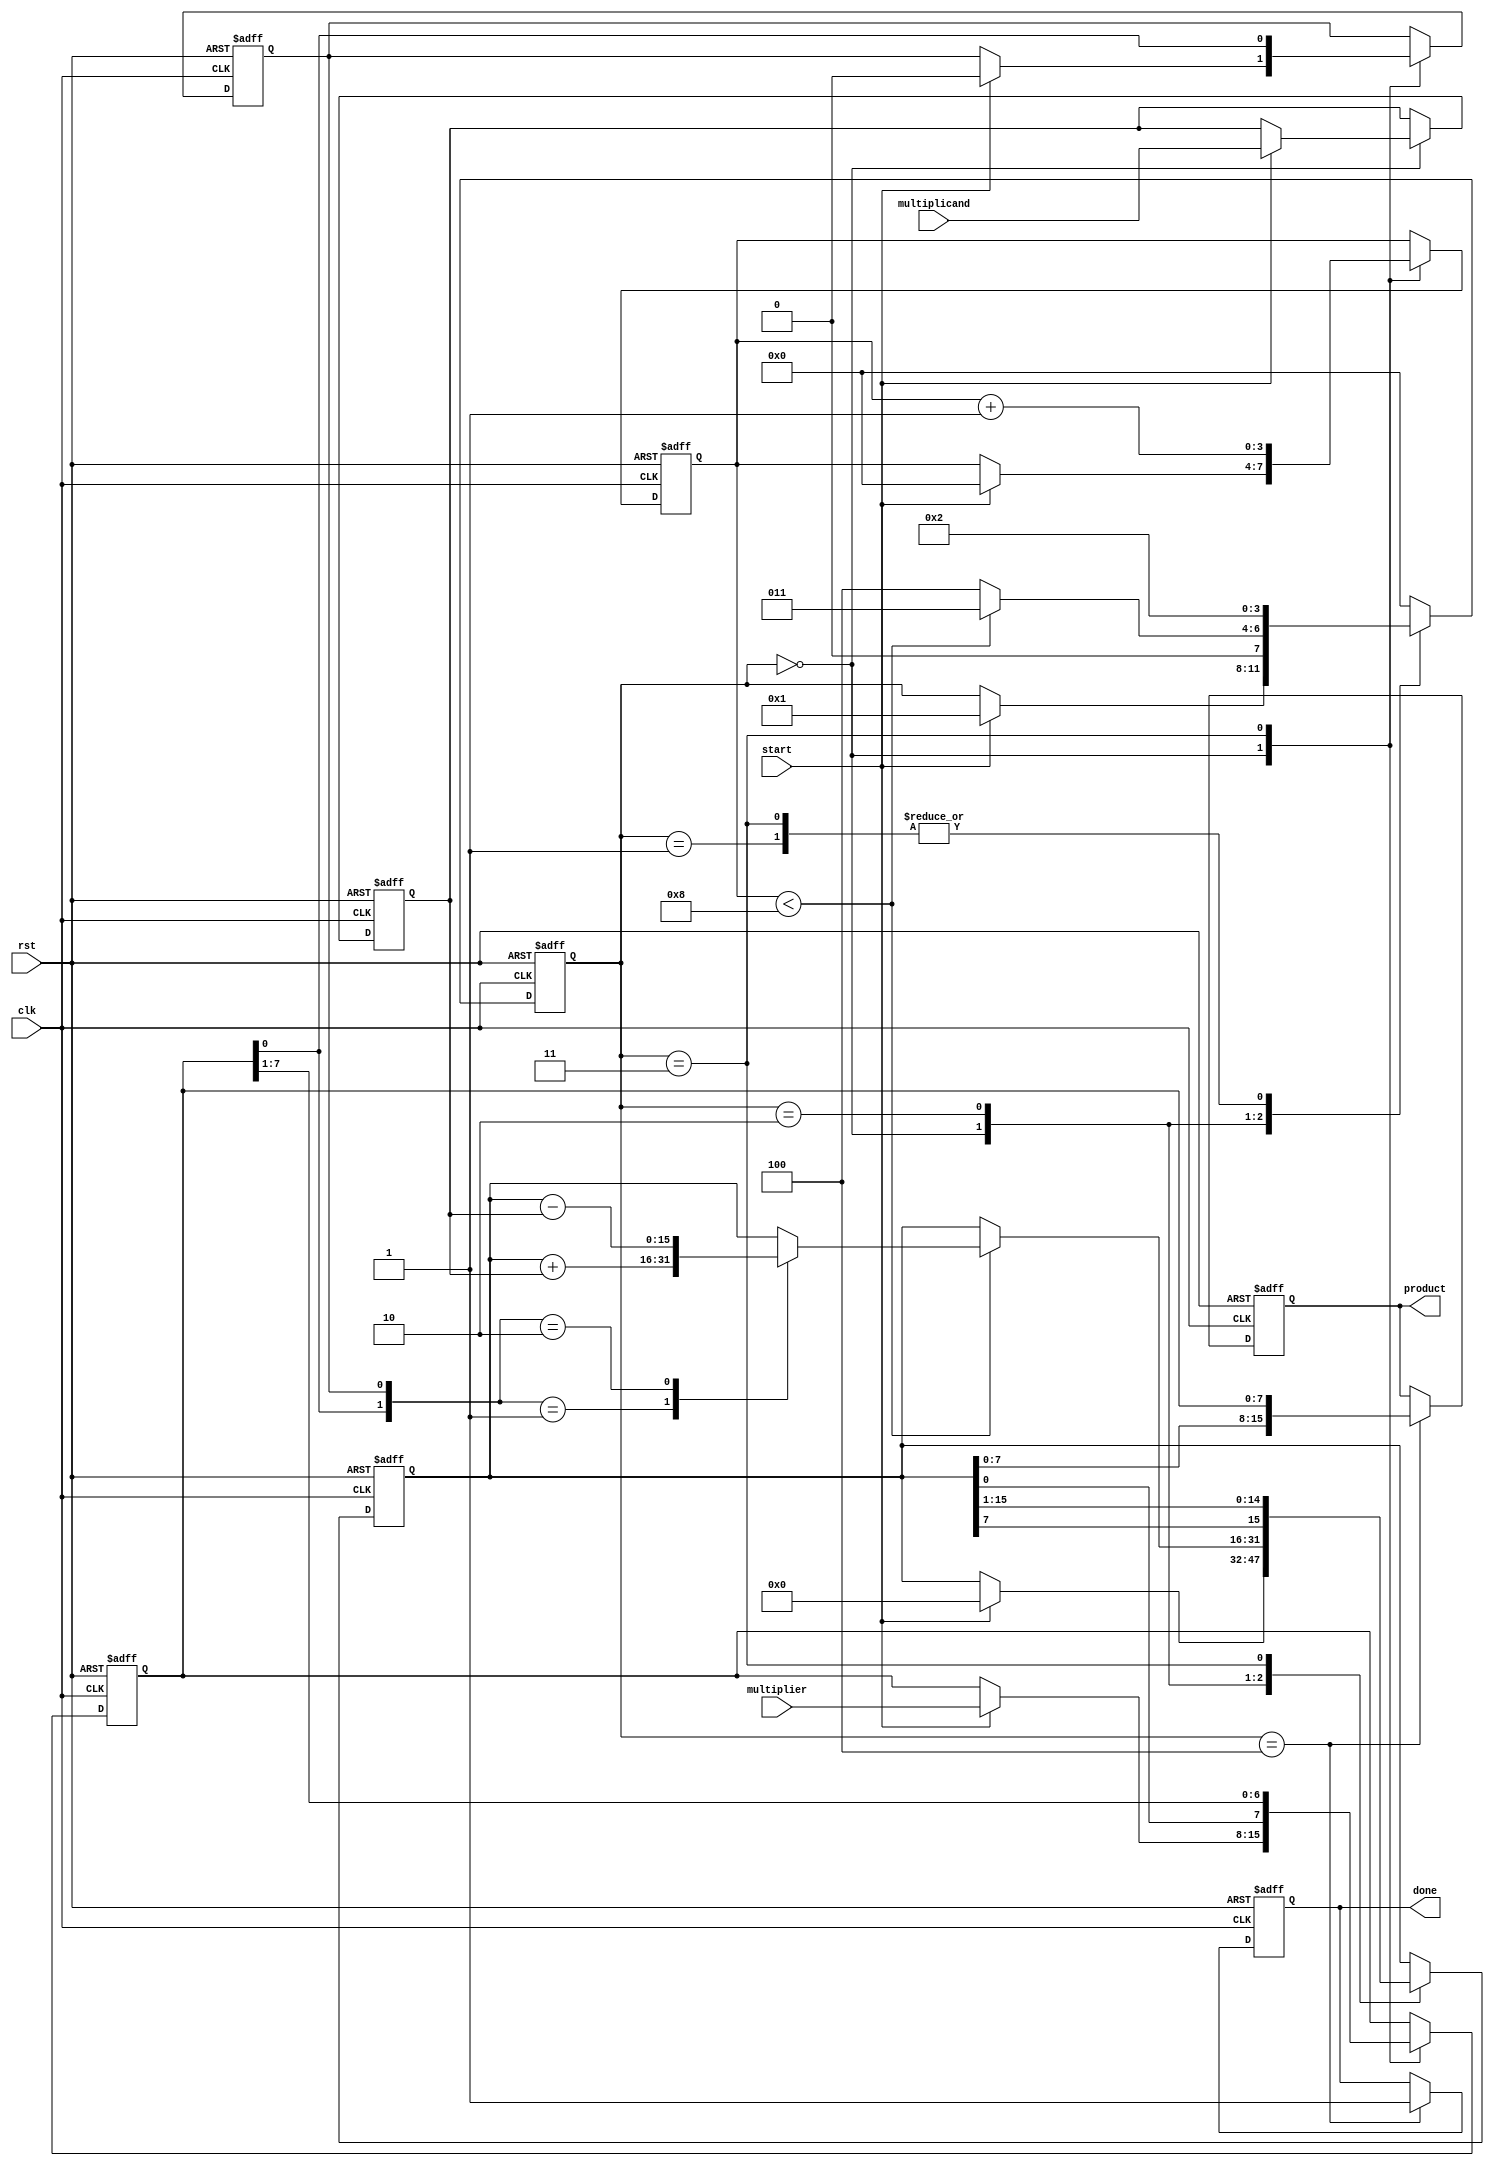
module booth_multiplier #(
    parameter N = 8 // Bit-width for multiplicand and multiplier
)(
    input wire clk,
    input wire rst,
    input wire start,
    input wire signed [N-1:0] multiplicand,
    input wire signed [N-1:0] multiplier,
    output reg signed [2*N-1:0] product,
    output reg done
);

    reg signed [N-1:0] M; // Multiplicand register
    reg signed [N-1:0] Q; // Multiplier register
    reg signed [2*N-1:0] A; // Accumulator register
    reg Q_1; // Previous bit of Q
    reg [3:0] state; // FSM state
    reg [3:0] count; // Counter for iterations

    // State encoding
    localparam IDLE = 4'b0000,
               LOAD = 4'b0001,
               EXECUTE = 4'b0010,
               SHIFT = 4'b0011,
               DONE = 4'b0100;

    always @(posedge clk or posedge rst) begin
        if (rst) begin
            // Reset all registers and state
            A <= 0;
            Q <= 0;
            M <= 0;
            Q_1 <= 0;
            product <= 0;
            done <= 0;
            state <= IDLE;
            count <= 0;
        end else begin
            case (state)
                IDLE: begin
                    if (start) begin
                        // Load inputs and initialize
                        M <= multiplicand;
                        Q <= multiplier;
                        A <= 0;
                        Q_1 <= 0;
                        count <= 0;
                        state <= LOAD;
                    end
                end

                LOAD: begin
                    // Transition to execution state
                    state <= EXECUTE;
                end

                EXECUTE: begin
                    if (count < N) begin
                        case ({Q[0], Q_1})
                            2'b01: A <= A + M; // A = A + M
                            2'b10: A <= A - M; // A = A - M
                            2'b00: ; // No operation
                            2'b11: ; // No operation
                        endcase
                        state <= SHIFT;
                    end else begin
                        state <= DONE; // Move to done state after N iterations
                    end
                end

                SHIFT: begin
                    // Arithmetic right shift
                    {A[N-1], A, Q} <= {A[N-1], A, Q} >>> 1; // Shift A and Q
                    Q_1 <= Q[0]; // Update Q-1
                    count <= count + 1; // Increment iteration count
                    state <= EXECUTE; // Go back to execution state
                end

                DONE: begin
                    product <= {A, Q}; // Combine A and Q for final product
                    done <= 1; // Indicate multiplication is done
                    state <= IDLE; // Go back to idle state
                end

                default: state <= IDLE; // Default case
            endcase
        end
    end
endmodule